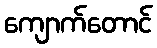
ကျောက်တောင်